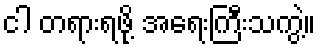
ငါ တရားရဖို့ အရေးကြီးသကွဲ့။